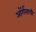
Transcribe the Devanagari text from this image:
ऑर्गनाची